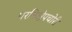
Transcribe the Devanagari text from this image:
परनिक्षेपचोरी